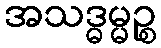
အသဒ္ဓမ္မဉ္စ